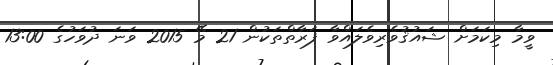
ވީމާ މިކަމަށް ޝައުޤުވެރިވެލައްވާ ފަރާތްތަކުން 21 މޭ 2015 ވަނަ ދުވަހުގެ 13:00